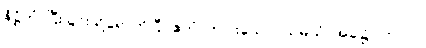
နိဋ္ဌိတံ၊ ပြီးခြင်းသို့ရောက်ပြီ။ ဧကံ၊ တပါးသော။ သမယံ၊ အခါ၌။ ဘဂဝါ၊